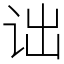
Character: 诎